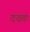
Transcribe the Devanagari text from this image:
ददतः